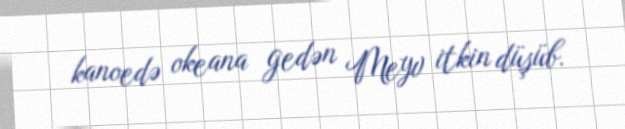
kanoedə okeana gedən Meyv itkin düşüb.